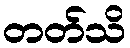
တတ်သိ